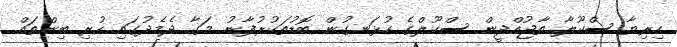
ހިރިޔާ ސްކޫލާ ތާޖުއްދީން ސްކޫލްގެ ހުޅަނގުން ބޮޑުތަކުރުފާނު މަގާ ދެމެދުގައި ހުރި ބިންތައް